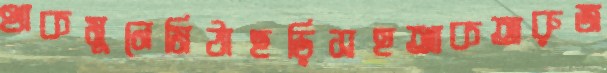
থাকমুনেমিঠাছড়িসহআকতারুজ